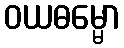
ဝယဓမ္မော